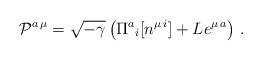
LaTeX: \begin{align*}{\cal P}^{a\,\mu} = \sqrt{-\gamma}\left( \Pi^a{}_{i}[ n^{\mu\,i}] + L e^{\mu\,a}\right)\,.\end{align*}